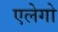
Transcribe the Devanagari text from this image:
एलेगो